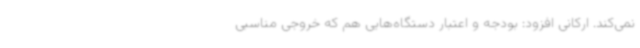
نمی‌کند. ارکانی افزود: بودجه و اعتبار دستگاه‌هایی هم که خروجی مناسبی